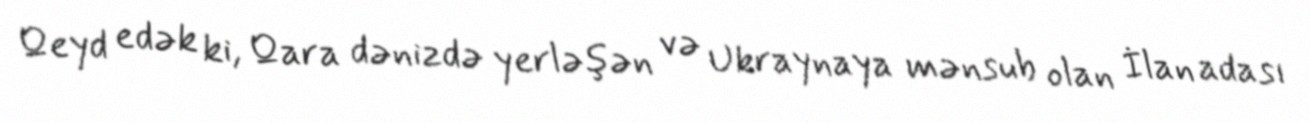
Qeyd edək ki, Qara dənizdə yerləşən və Ukraynaya mənsub olan İlan adası